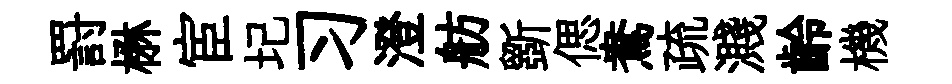
罸楙宦圮习澄舫斵偲鴦疏濺齡機